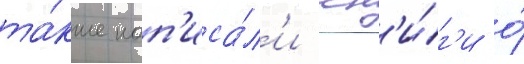
та́кже нап'иса́л'и кн'и́г'и о́